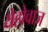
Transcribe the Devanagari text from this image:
येहोवाज